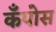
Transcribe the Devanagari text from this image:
कँपोस